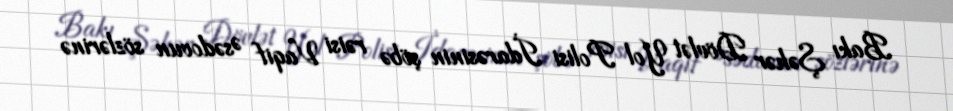
Bakı Şəhər Dövlət Yol Polisi İdarəsinin şöbə rəisi Vaqif Əsədovun sözlərinə